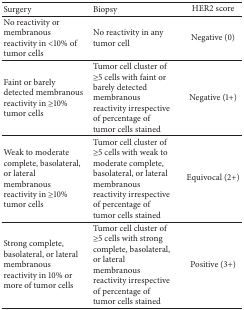
<table><thead><tr><td><b>Surgery</b></td><td><b>Biopsy</b></td><td><b>HER2 score</b></td></tr></thead><tbody><tr><td>No reactivity or membranous reactivity in &lt;10% of tumor cells</td><td>No reactivity in any tumor cell </td><td>Negative (0)</td></tr><tr><td>Faint or barely detected membranous reactivity in ≥10% tumor cells </td><td>Tumor cell cluster of ≥5 cells with faint or barely detected membranous reactivity irrespective of percentage of tumor cells stained </td><td>Negative (1+)</td></tr><tr><td>Weak to moderate complete, basolateral, or lateral membranous reactivity in ≥10% tumor cells</td><td>Tumor cell cluster of ≥5 cells with weak to moderate complete, basolateral, or lateral membranous reactivity irrespective of percentage of tumor cells stained </td><td>Equivocal (2+)</td></tr><tr><td>Strong complete, basolateral, or lateral membranous reactivity in 10% or more of tumor cells </td><td>Tumor cell cluster of ≥5 cells with strong complete, basolateral, or lateral membranous reactivity irrespective of percentage of tumor cells stained </td><td>Positive (3+)</td></tr></tbody></table>